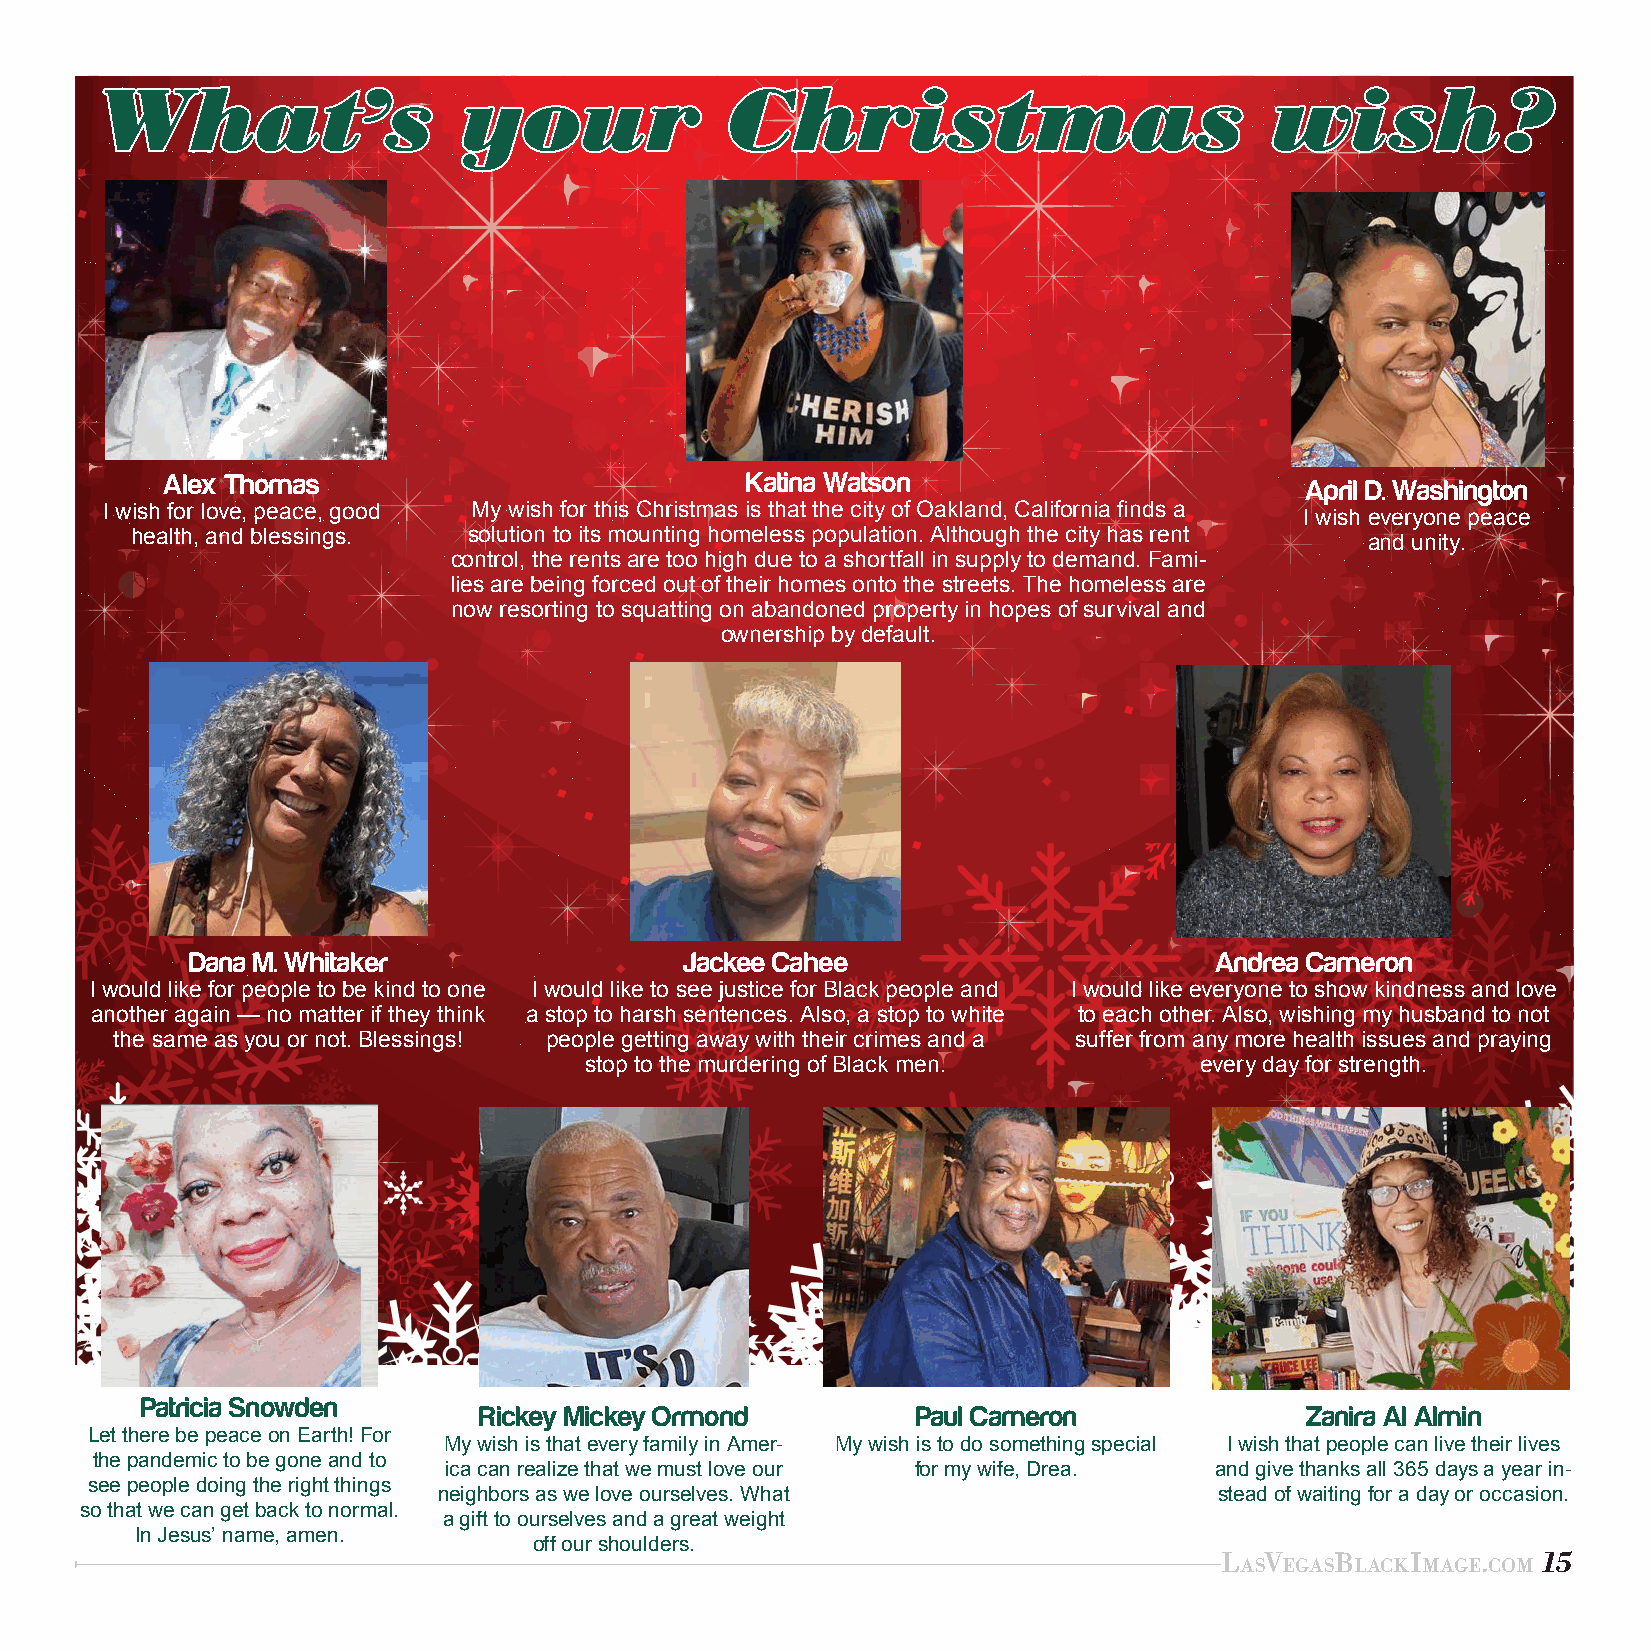
WWhhaatt’’ss            yyoouurr          CChhrriissttmmaass                  wwiisshh??
 Alex Thomas                           Katina Watson                        April D. Washington
 I wish for love, peace, good My wish for this Christmas is that the city of Oakland, California finds a I wish everyone peace
 health, and blessings. solution to its mounting homeless population. Although the city has rent and unity.
 control, the rents are too high due to a shortfall in supply to demand. Fami-
 lies are being forced out of their homes onto the streets. The homeless are
 now resorting to squatting on abandoned property in hopes of survival and
 ownership by default.
 Dana M. Whitaker                 Jackee Cahee                       Andrea Cameron
 I would like for people to be kind to one I would like to see justice for Black people and I would like everyone to show kindness and love
 another again — no matter if they think a stop to harsh sentences. Also, a stop to white to each other. Also, wishing my husband to not
 the same as you or not. Blessings! people getting away with their crimes and a suffer from any more health issues and praying
 stop to the murdering of Black men.     every day for strength.
 Patricia Snowden
 Rickey Mickey Ormond         Paul Cameron             Zanira Al Almin
 Let there be peace on Earth! For
 My wish is that every family in Amer- My wish is to do something special I wish that people can live their lives
 the pandemic to be gone and to
 ica can realize that we must love our for my wife, Drea. and give thanks all 365 days a year in-
 see people doing the right things
 neighbors as we love ourselves. What                stead of waiting for a day or occasion.
 so that we can get back to normal.
 a gift to ourselves and a great weight
 In Jesus’ name, amen.
 off our shoulders.
 LasVegasBLackImage.com 15